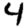
Digit: 4